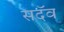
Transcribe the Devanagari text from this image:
सदॅव